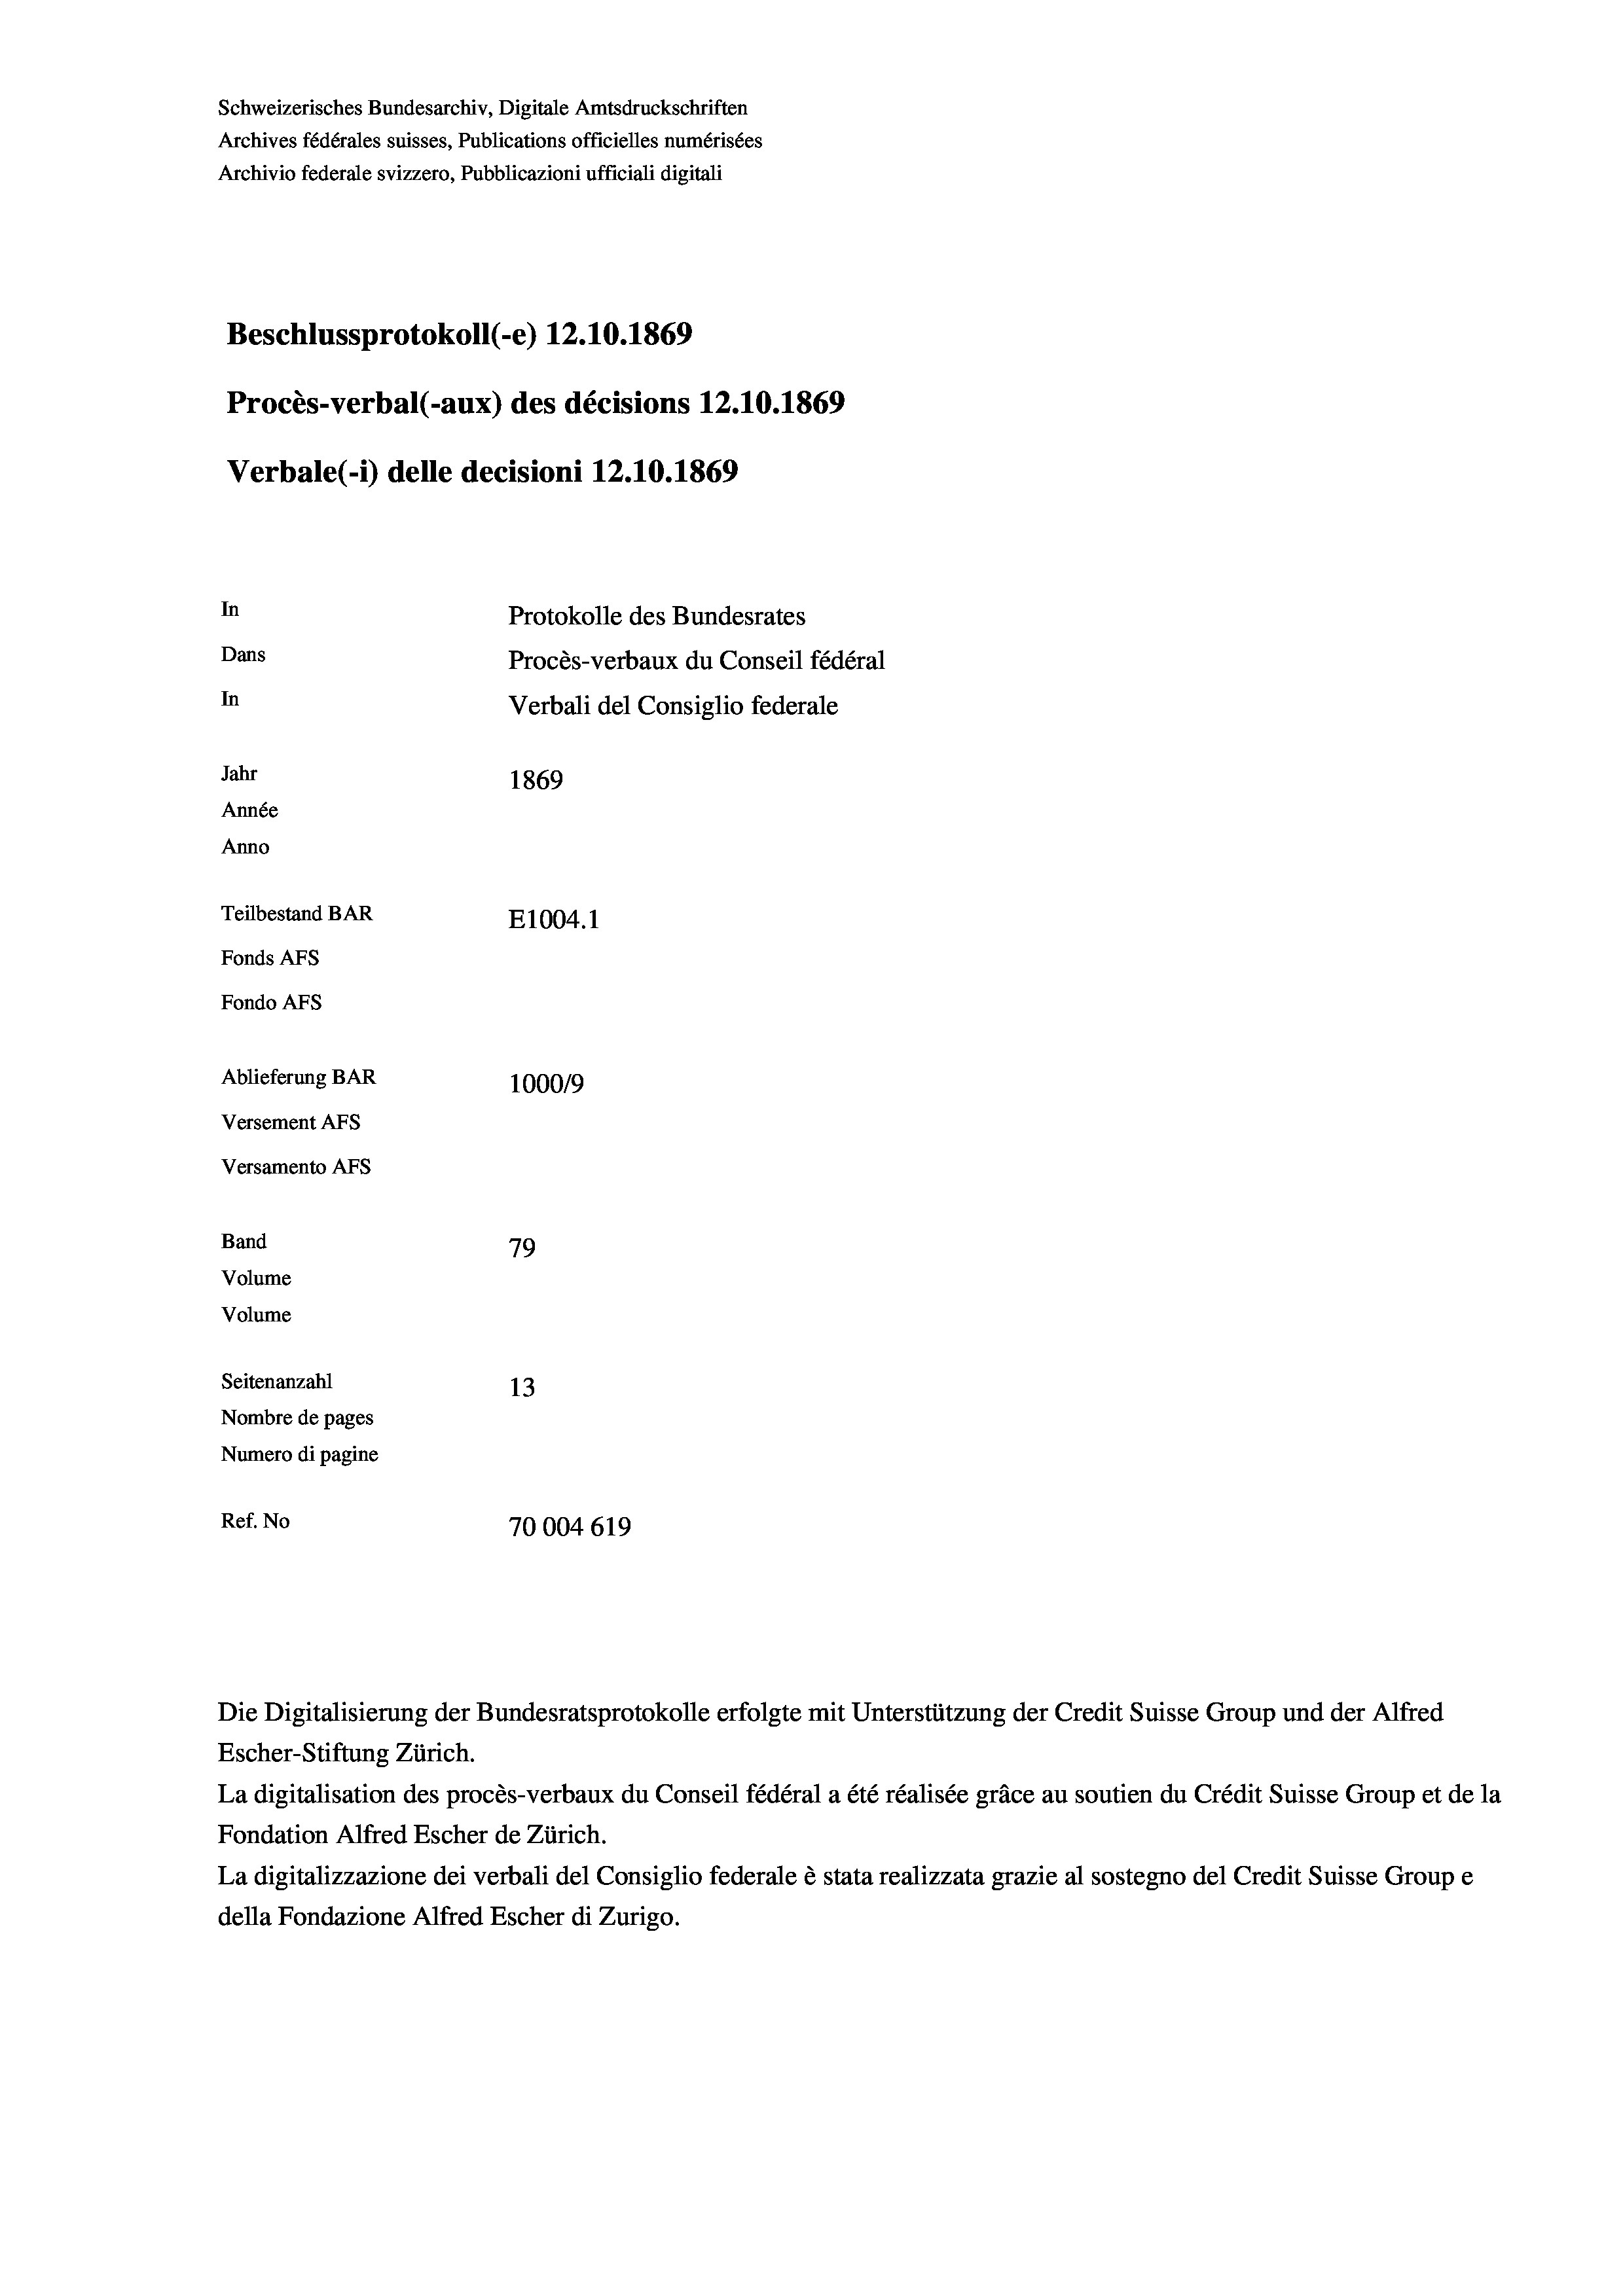
Schweizerisches Bundesarchiv, Digitale Amtsdruckschriften
Archives fédérales suisses, Publications officielles numérisées
Archivio federale svizzero, Pubblicazioni ufficiali digitali
Beschlussprotokoll (-e) 12.10.1869
Procès-verbal (-aux) des décisions 12.10.1869
Verbale (i) delle decisioni 12.10.1869
In
Protokolle des Bundesrates
Dans
Procès-verbaux du Conseil fédéral
In
Verbali del Consiglio federale
Jahr
1869
Année
Anno
Teilbestand BAR
E1004. 1
Fonds Afs
Fondo AFs
Ablieferung BAR
1000/9

Versement AFS
Versamento Afs
Band
Volume

79
Volume
Seitenanzahl
13
Nombre de pages
Numero di pagine
Ref. No
70004619

Die Digitalisierung der Bundesratsprotokolle erfolgte mit Unterstützung der Credit Suisse Group und der Alfred

Escher-Stiftung Zürich.
La digitalisation des procès-verbaux du Conseil fédéral a été réalisée gräce au soutien du Crédit Suisse Group et de la
Fondation Alfred Escher de Zürich.
La digitalizzazione dei verbali del Consiglio federale è stata realizzata grazie al sostegno del Credit Suisse Groupe
della Fondazione Alfred Escher di Zurigo.